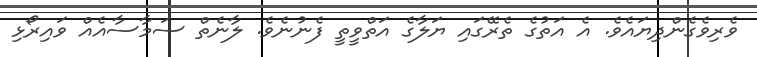
ވެރިވެގެންދިޔައެވެ. އެ އަތުގެ ތެރޭގައި ޔަލާގެ އަތްވީތީ ފެނުނެވެ. ލާނެތް ސަމާސާއެއް ވައިރޯޅި